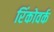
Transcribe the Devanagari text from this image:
रिंकोवर्क